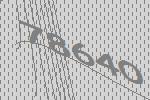
78640